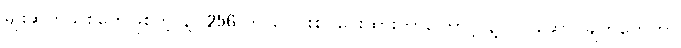
မျိုးဆက်သစ်တွေဖြစ်တဲ့ နဲ့ (256 ကို ပေါင်းစပ်ပေးထားတာကြောင့် နဲ့ လုပ်ဆောင်ချက်တွေဟာ